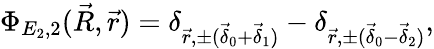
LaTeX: \Phi_{E_{2},2}(\vec{R},\vec{r})=\delta_{\vec{r},\pm(\vec{\delta}_{0}+\vec{\delta}_{1})}-\delta_{\vec{r},\pm(\vec{\delta}_{0}-\vec{\delta}_{2})},